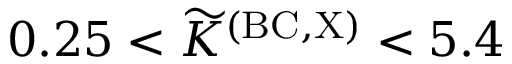
0 . 2 5 < { \widetilde K } ^ { \mathrm { ( B C , X ) } } < 5 . 4